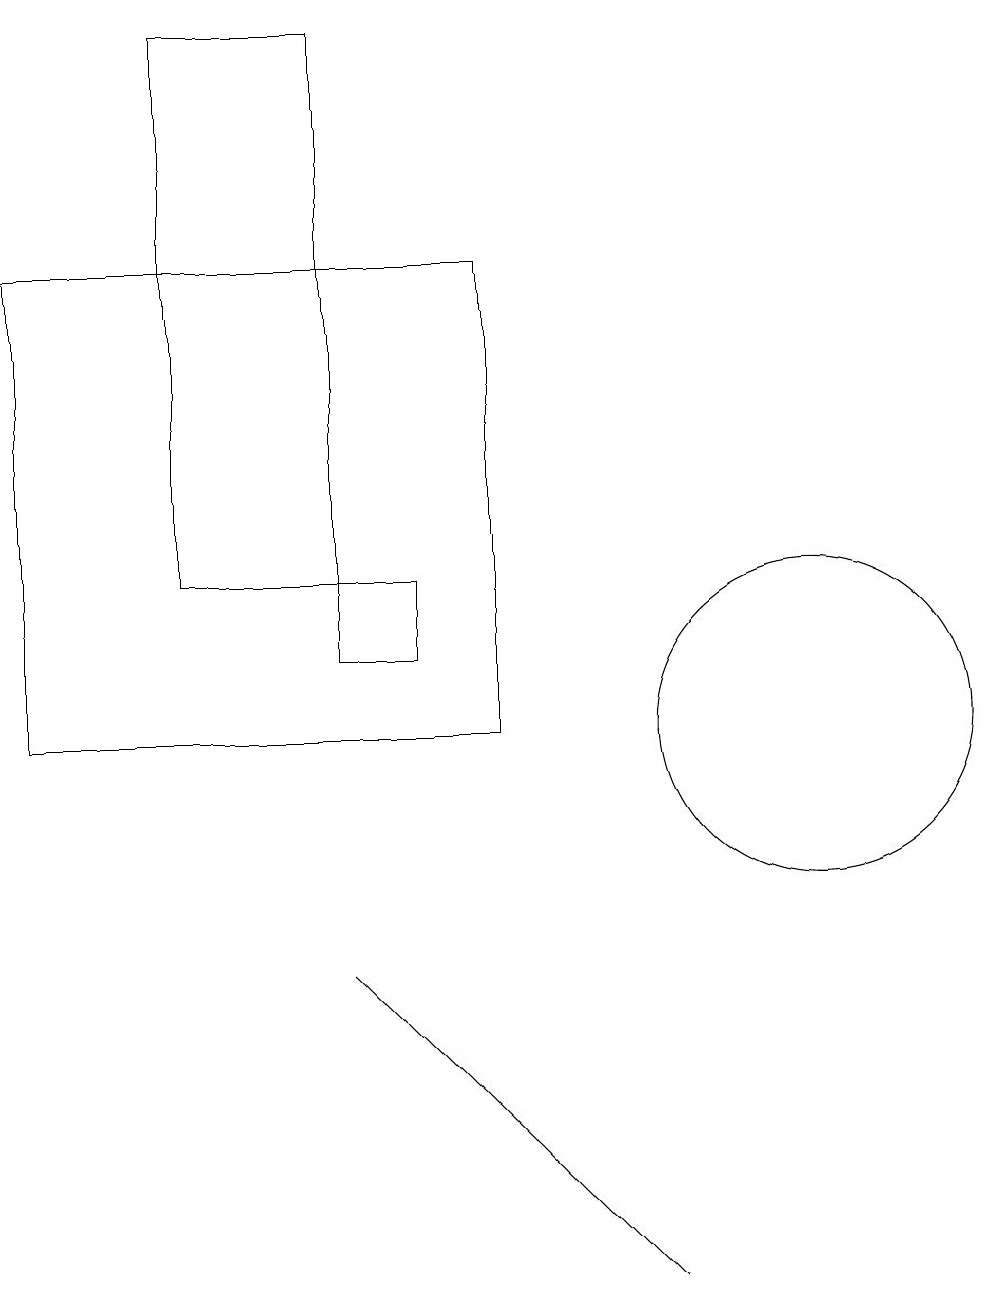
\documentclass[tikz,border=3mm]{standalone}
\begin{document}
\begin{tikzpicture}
\draw (8,3) -- (4,7) -- (7,4) -- cycle;
\draw (6,10) rectangle (0,16);
\draw (10,10) circle (2);
\draw (2,12) rectangle (4,19);
\draw (5,12) rectangle (4,11);
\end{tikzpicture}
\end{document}